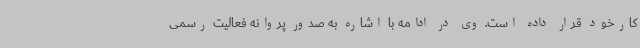
کارخود قرار داده است. وی در ادامه با اشاره به صدور پروانه فعالیت رسمی